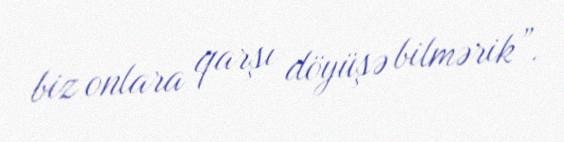
biz onlara qarşı döyüşə bilmərik”.